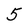
Character: 5